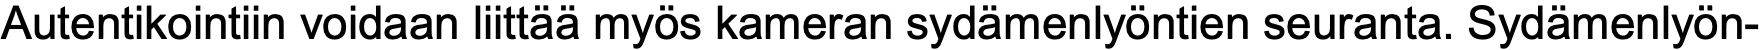
Autentikointiin voidaan liittää myös kameran sydämenlyöntien seuranta. Sydämenlyön-